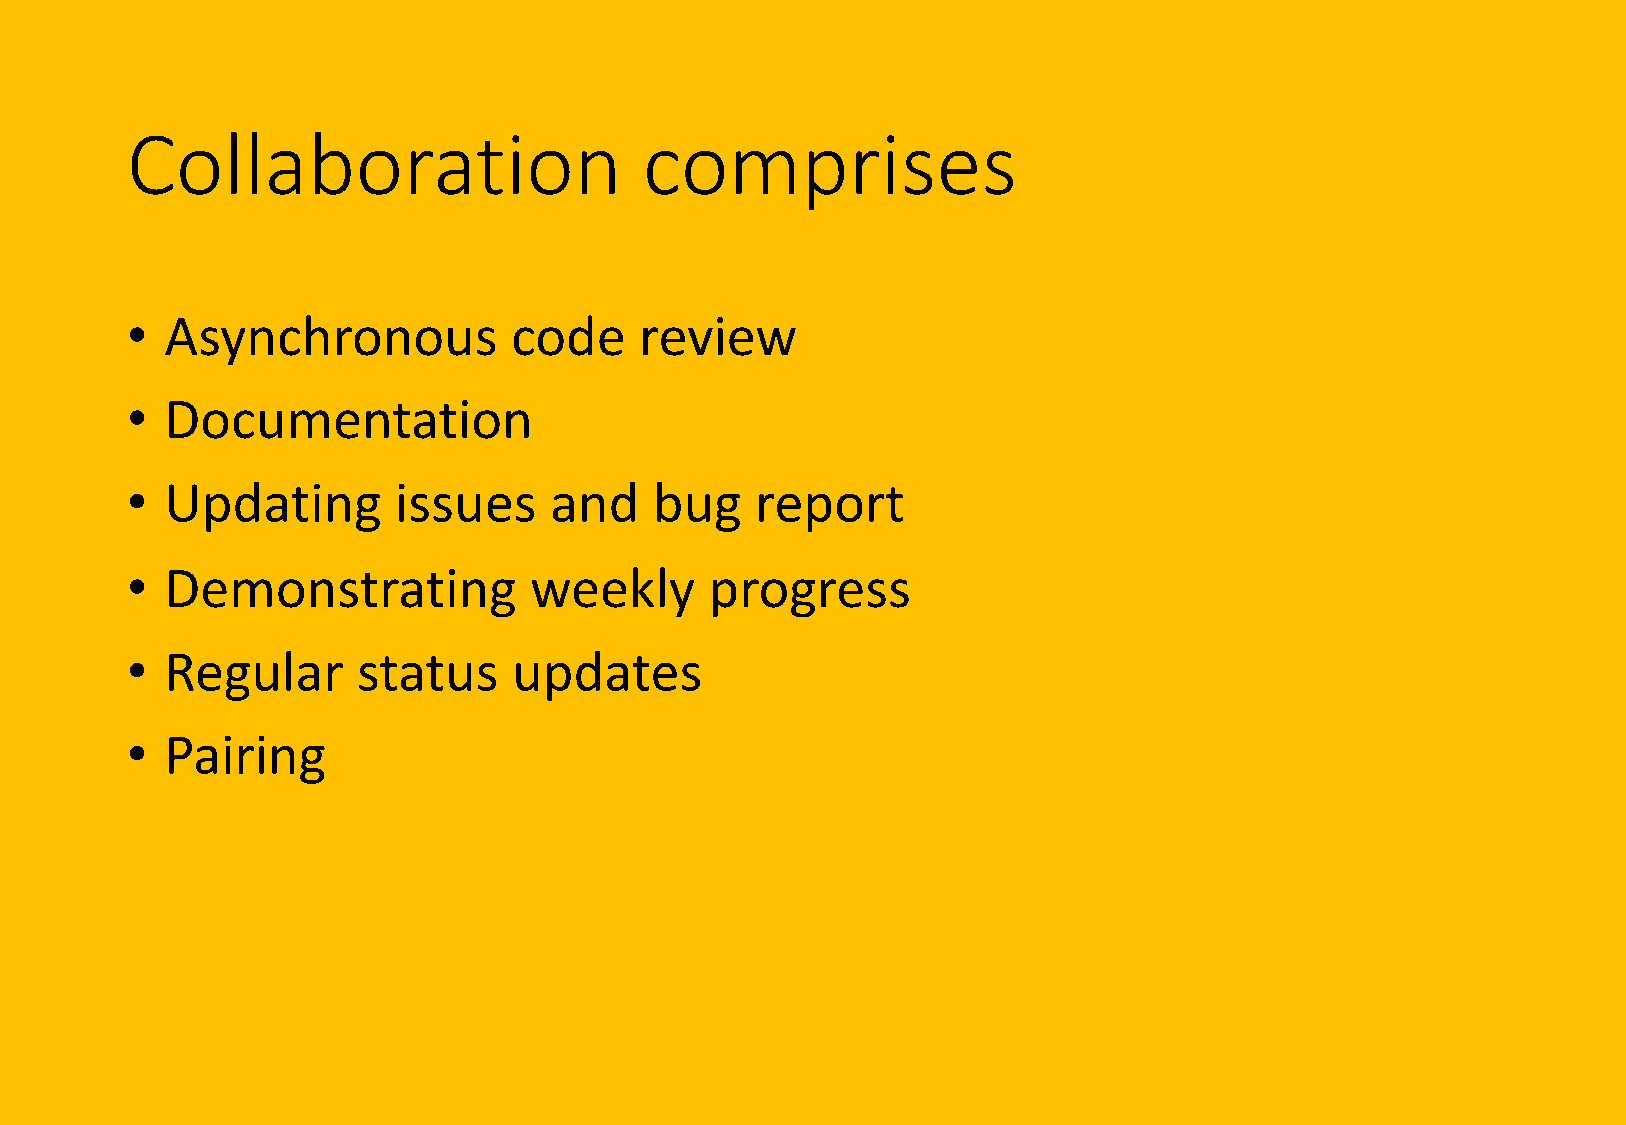
Collaboration                      comprises
 •  Asynchronous           code    review
 •  Documentation
 •  Updating       issues    and    bug    report
 •  Demonstrating           weekly      progress
 •  Regular      status    updates
 •  Pairing